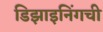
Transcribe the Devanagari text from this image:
डिझाइनिंगची